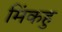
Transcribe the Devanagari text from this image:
मिंकहु